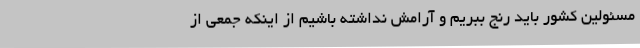
مسئولین کشور باید رنج ببریم و آرامش نداشته باشیم از اینکه جمعی از